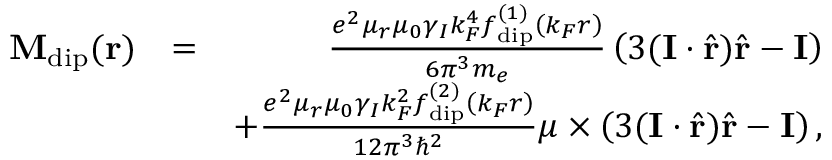
\begin{array} { r l r } { \mathbf { M } _ { \mathrm { d i p } } ( \mathbf { r } ) } & { = } & { \frac { e ^ { 2 } \mu _ { r } \mu _ { 0 } \gamma _ { I } k _ { F } ^ { 4 } f _ { \mathrm { d i p } } ^ { ( 1 ) } \left( k _ { F } r \right) } { 6 \pi ^ { 3 } m _ { e } } \left( 3 ( \mathbf { I } \cdot \hat { \mathbf { r } } ) \hat { \mathbf { r } } - \mathbf { I } \right) } \\ & { } & { + \frac { e ^ { 2 } \mu _ { r } \mu _ { 0 } \gamma _ { I } k _ { F } ^ { 2 } f _ { \mathrm { d i p } } ^ { ( 2 ) } \left( k _ { F } r \right) } { 1 2 \pi ^ { 3 } \hbar ^ { 2 } } \boldsymbol { \mu } \times \left( 3 ( \mathbf { I } \cdot \hat { \mathbf { r } } ) \hat { \mathbf { r } } - \mathbf { I } \right) , } \end{array}